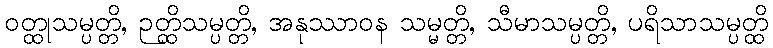
ဝတ္ထုသမ္ပတ္တိ, ဉတ္ထိသမ္ပတ္တိ, အနုဿာဝန သမ္မတ္တိ, သီမာသမ္ပတ္တိ, ပရိသာသမ္ပတ္ထိ